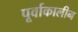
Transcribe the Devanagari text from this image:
पूर्वाकालीन